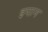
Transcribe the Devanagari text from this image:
इपान